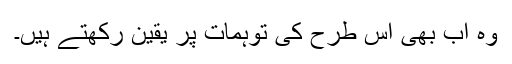
وہ اب بھی اس طرح کی توہمات پر یقین رکھتے ہیں۔